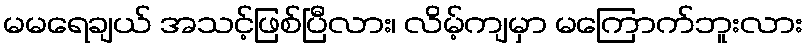
မမရေချယ် အသင့်ဖြစ်ပြီလား၊ လိမ့်ကျမှာ မကြောက်ဘူးလား